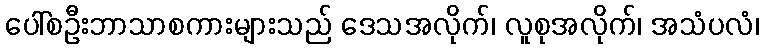
ပေါ်စဦးဘာသာစကားများသည် ဒေသအလိုက်၊ လူစုအလိုက်၊ အသံပလံ၊